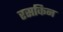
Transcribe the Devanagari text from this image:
रसकिन